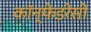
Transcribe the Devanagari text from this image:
कॉन्फेडरेसी